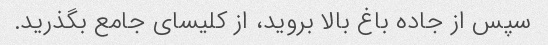
سپس از جاده باغ بالا بروید، از کلیسای جامع بگذرید.